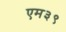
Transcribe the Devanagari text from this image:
एम३९